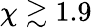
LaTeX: \chi\gtrsim 1.9